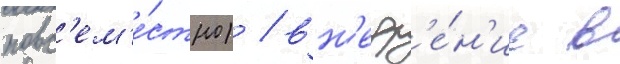
повс'ем'е́стно) / вн'едр'е́н'ие в